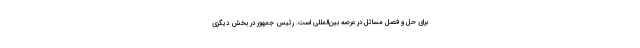
برای حل و فصل مسائل در عرصه بین‌المللی است. رئیس جمهور در بخش دیگری